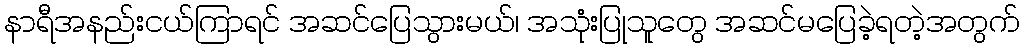
နာရီအနည်းငယ်ကြာရင် အဆင်ပြေသွားမယ်၊ အသုံးပြုသူတွေ အဆင်မပြေခဲ့ရတဲ့အတွက်